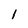
Character: 1